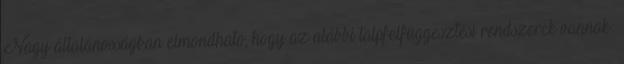
Nagy általánosságban elmondható, hogy az alábbi talpfelfüggesztési rendszerek vannak: